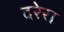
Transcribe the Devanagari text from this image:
दरेरा